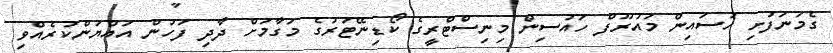
ގެމަނަފުށި ހުސައިން މައުރޫފް ހައުސިން މިނިސްޓްރީގެ ކޯޑިނޭޓަރުގެ މަގާމަށް ދާދި ފަހުން އައްޔަންކުރެއްވި